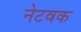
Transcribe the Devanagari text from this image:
नेटवक